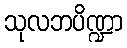
သုလဘပိဏ္ဍာ